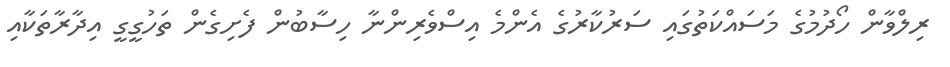
ރިލްވާން ހޯދުމުގެ މަސައްކަތުގައި ސަރުކާރުގެ އެންމެ އިސްވެރިންނާ ހިސާބުން ފެށިގެން ތަހުގީގީ އިދާރާތަކާއި